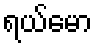
ရယ်မော